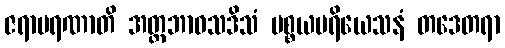
ဇရာမရဏာတိ အတ္တဘာဝသဒိသံ ပစ္စယပရိယေသနံ တဒေတရာ